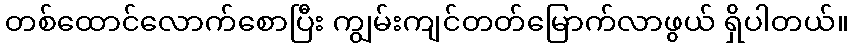
တစ်ထောင်လောက်စောပြီး ကျွမ်းကျင်တတ်မြောက်လာဖွယ် ရှိပါတယ်။